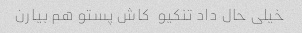
خیلی حال داد تنکیو  کاش پستو هم بیارن